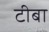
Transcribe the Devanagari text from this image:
टीबा